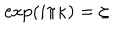
\exp ( i \pi \kappa ) = \zeta .